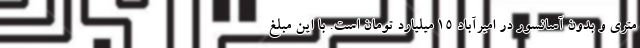
متری و بدون آسانسور در امیرآباد 15 میلیارد تومان است. با این مبلغ